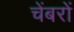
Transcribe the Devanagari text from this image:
चेंबरों